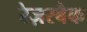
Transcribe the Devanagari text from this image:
रेज़रबैक